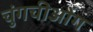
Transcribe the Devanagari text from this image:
चुंगचीओंग